Leprosy in India: report of the Leprosy Commission in India, 1890-91
Year: 1890
Disease focus: Leprosy
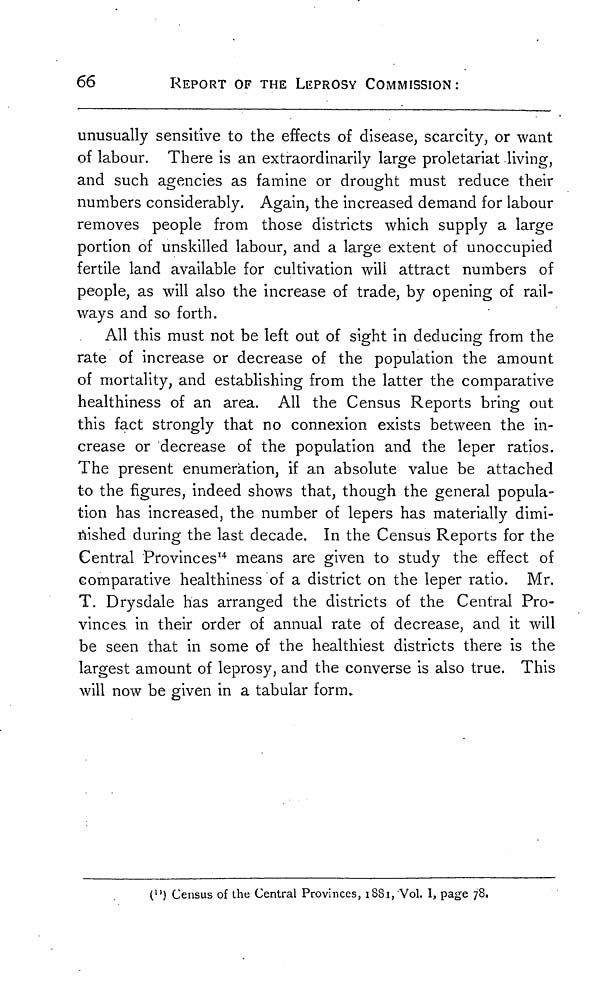
66
REPORT OF THE LEPROSY COMMISSION:
unusually sensitive to the effects of disease, scarcity, or want
of labour. There is an extraordinarily large proletariat living,
and such agencies as famine or drought must reduce their
numbers considerably. Again, the increased demand for labour
removes people from those districts which supply a large
portion of unskilled labour, and a large extent of unoccupied
fertile land available for cultivation will attract numbers of
people, as will also the increase of trade, by opening of rail-
ways and so forth.
All this must not be left out of sight in deducing from the
rate of increase or decrease of the population the amount
of mortality, and establishing from the latter the comparative
healthiness of an area. All the Census Reports bring out
this fact strongly that no connexion exists between the in-
crease or decrease of the population and the leper ratios.
The present enumeration, if an absolute value be attached
to the figures, indeed shows that, though the general popula-
tion has increased, the number of lepers has materially dimi-
nished during the last decade. In the Census Reports for the
Central Provinces 14 means are given to study the effect of
comparative healthiness of a district on the leper ratio. Mr.
T. Drysdale has arranged the districts of the Central Pro-
vinces in their order of annual rate of decrease, and it will
be seen that in some of the healthiest districts there is the
largest amount of leprosy, and the converse is also true. This
will now be given in a tabular form.